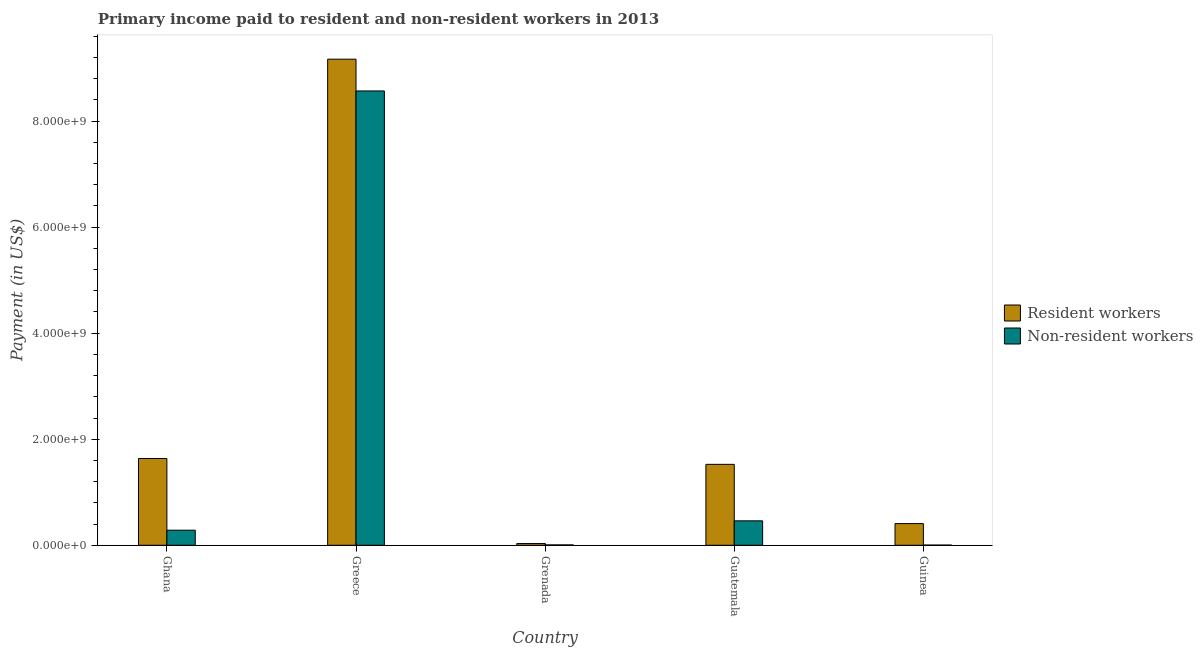
| Country | Resident workers | Non-resident workers |
 | --- | --- | --- |
 | Ghana | 1.64e+09 | 2.84e+08 |
 | Greece | 9.17e+09 | 8.57e+09 |
 | Grenada | 3.27e+07 | 6.99e+06 |
 | Guatemala | 1.53e+09 | 4.61e+08 |
 | Guinea | 4.09e+08 | 3.64e+06 |